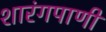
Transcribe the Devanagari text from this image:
शारंगपाणी